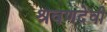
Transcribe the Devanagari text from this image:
श्रवणदेवी